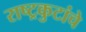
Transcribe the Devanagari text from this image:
राष्ट्रकुटांचे